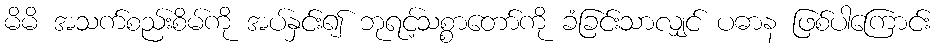
မိမိ အသက်စည်းစိမ်ကို အပ်နှင်း၍ ဘုရင့်သစ္စာတော်ကို ခံခြင်းသာလျှင် ပဓာန ဖြစ်ပါကြောင်း